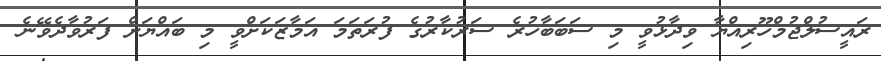
ރައީސުލްޖުމްހޫރިއްޔާ ވިދާޅުވީ މި ސަބަބާހުރެ ސަރުކާރުގެ ފުރަތަމަ އަމާޒަކަށްވީ މި ބައްޔަށް ފަރުވާދެވޭނެ